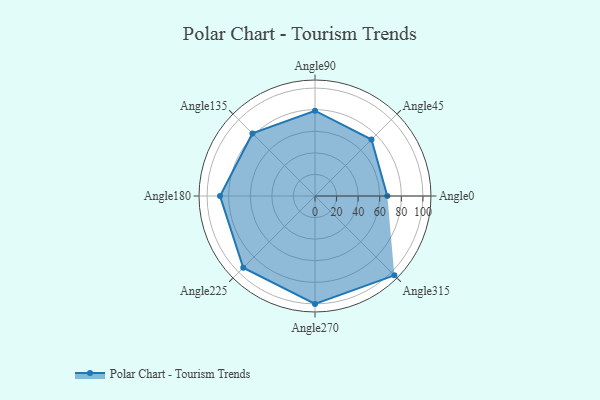
{"axis": {"x": "Angle", "y": "Radius"}, "legend": [""], "data": [{"x": "Angle0", "y": 67.0, "type": ""}, {"x": "Angle45", "y": 74.0, "type": ""}, {"x": "Angle90", "y": 79.0, "type": ""}, {"x": "Angle135", "y": 82.0, "type": ""}, {"x": "Angle180", "y": 88.0, "type": ""}, {"x": "Angle225", "y": 94.0, "type": ""}, {"x": "Angle270", "y": 100.0, "type": ""}, {"x": "Angle315", "y": 104.0, "type": ""}]}